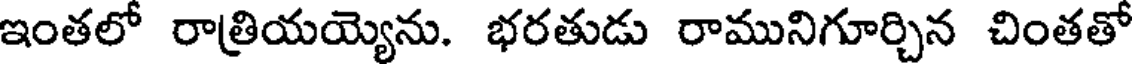
ఇంతలో రాత్రియయ్యెను. భరతుడు రామునిగూర్చిన చింతతో